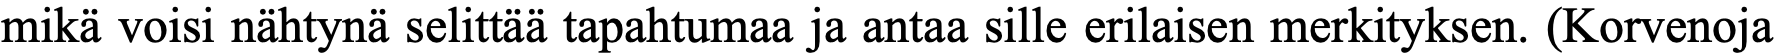
mikä voisi nähtynä selittää tapahtumaa ja antaa sille erilaisen merkityksen. (Korvenoja